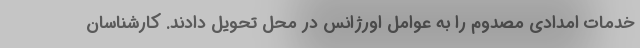
خدمات امدادی مصدوم را به عوامل اورژانس در محل تحویل دادند. کارشناسان